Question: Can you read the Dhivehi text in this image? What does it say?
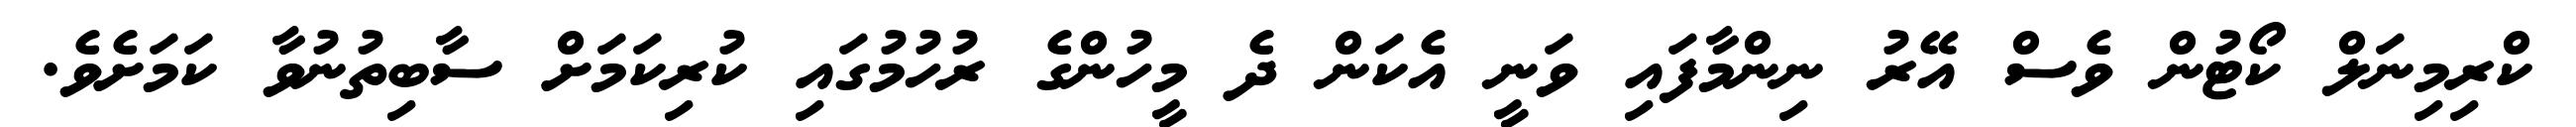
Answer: ކްރިމިނަލް ކޯޓުން ވެސް އޭރު ނިންމާފައި ވަނީ އެކަން ދެ މީހުންގެ ރުހުމުގައި ކުރިކަމަށް ސާބިތުނުވާ ކަމަށެވެ.